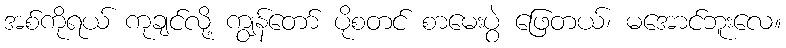
အစ်ကိုရယ် ကုချင်လို့ ကျွန်တော် ပိုစတင် စာမေးပွဲ ဖြေတယ်၊ မအောင်ဘူးလေ။